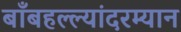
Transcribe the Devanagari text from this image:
बाँबहल्ल्यांदरम्यान